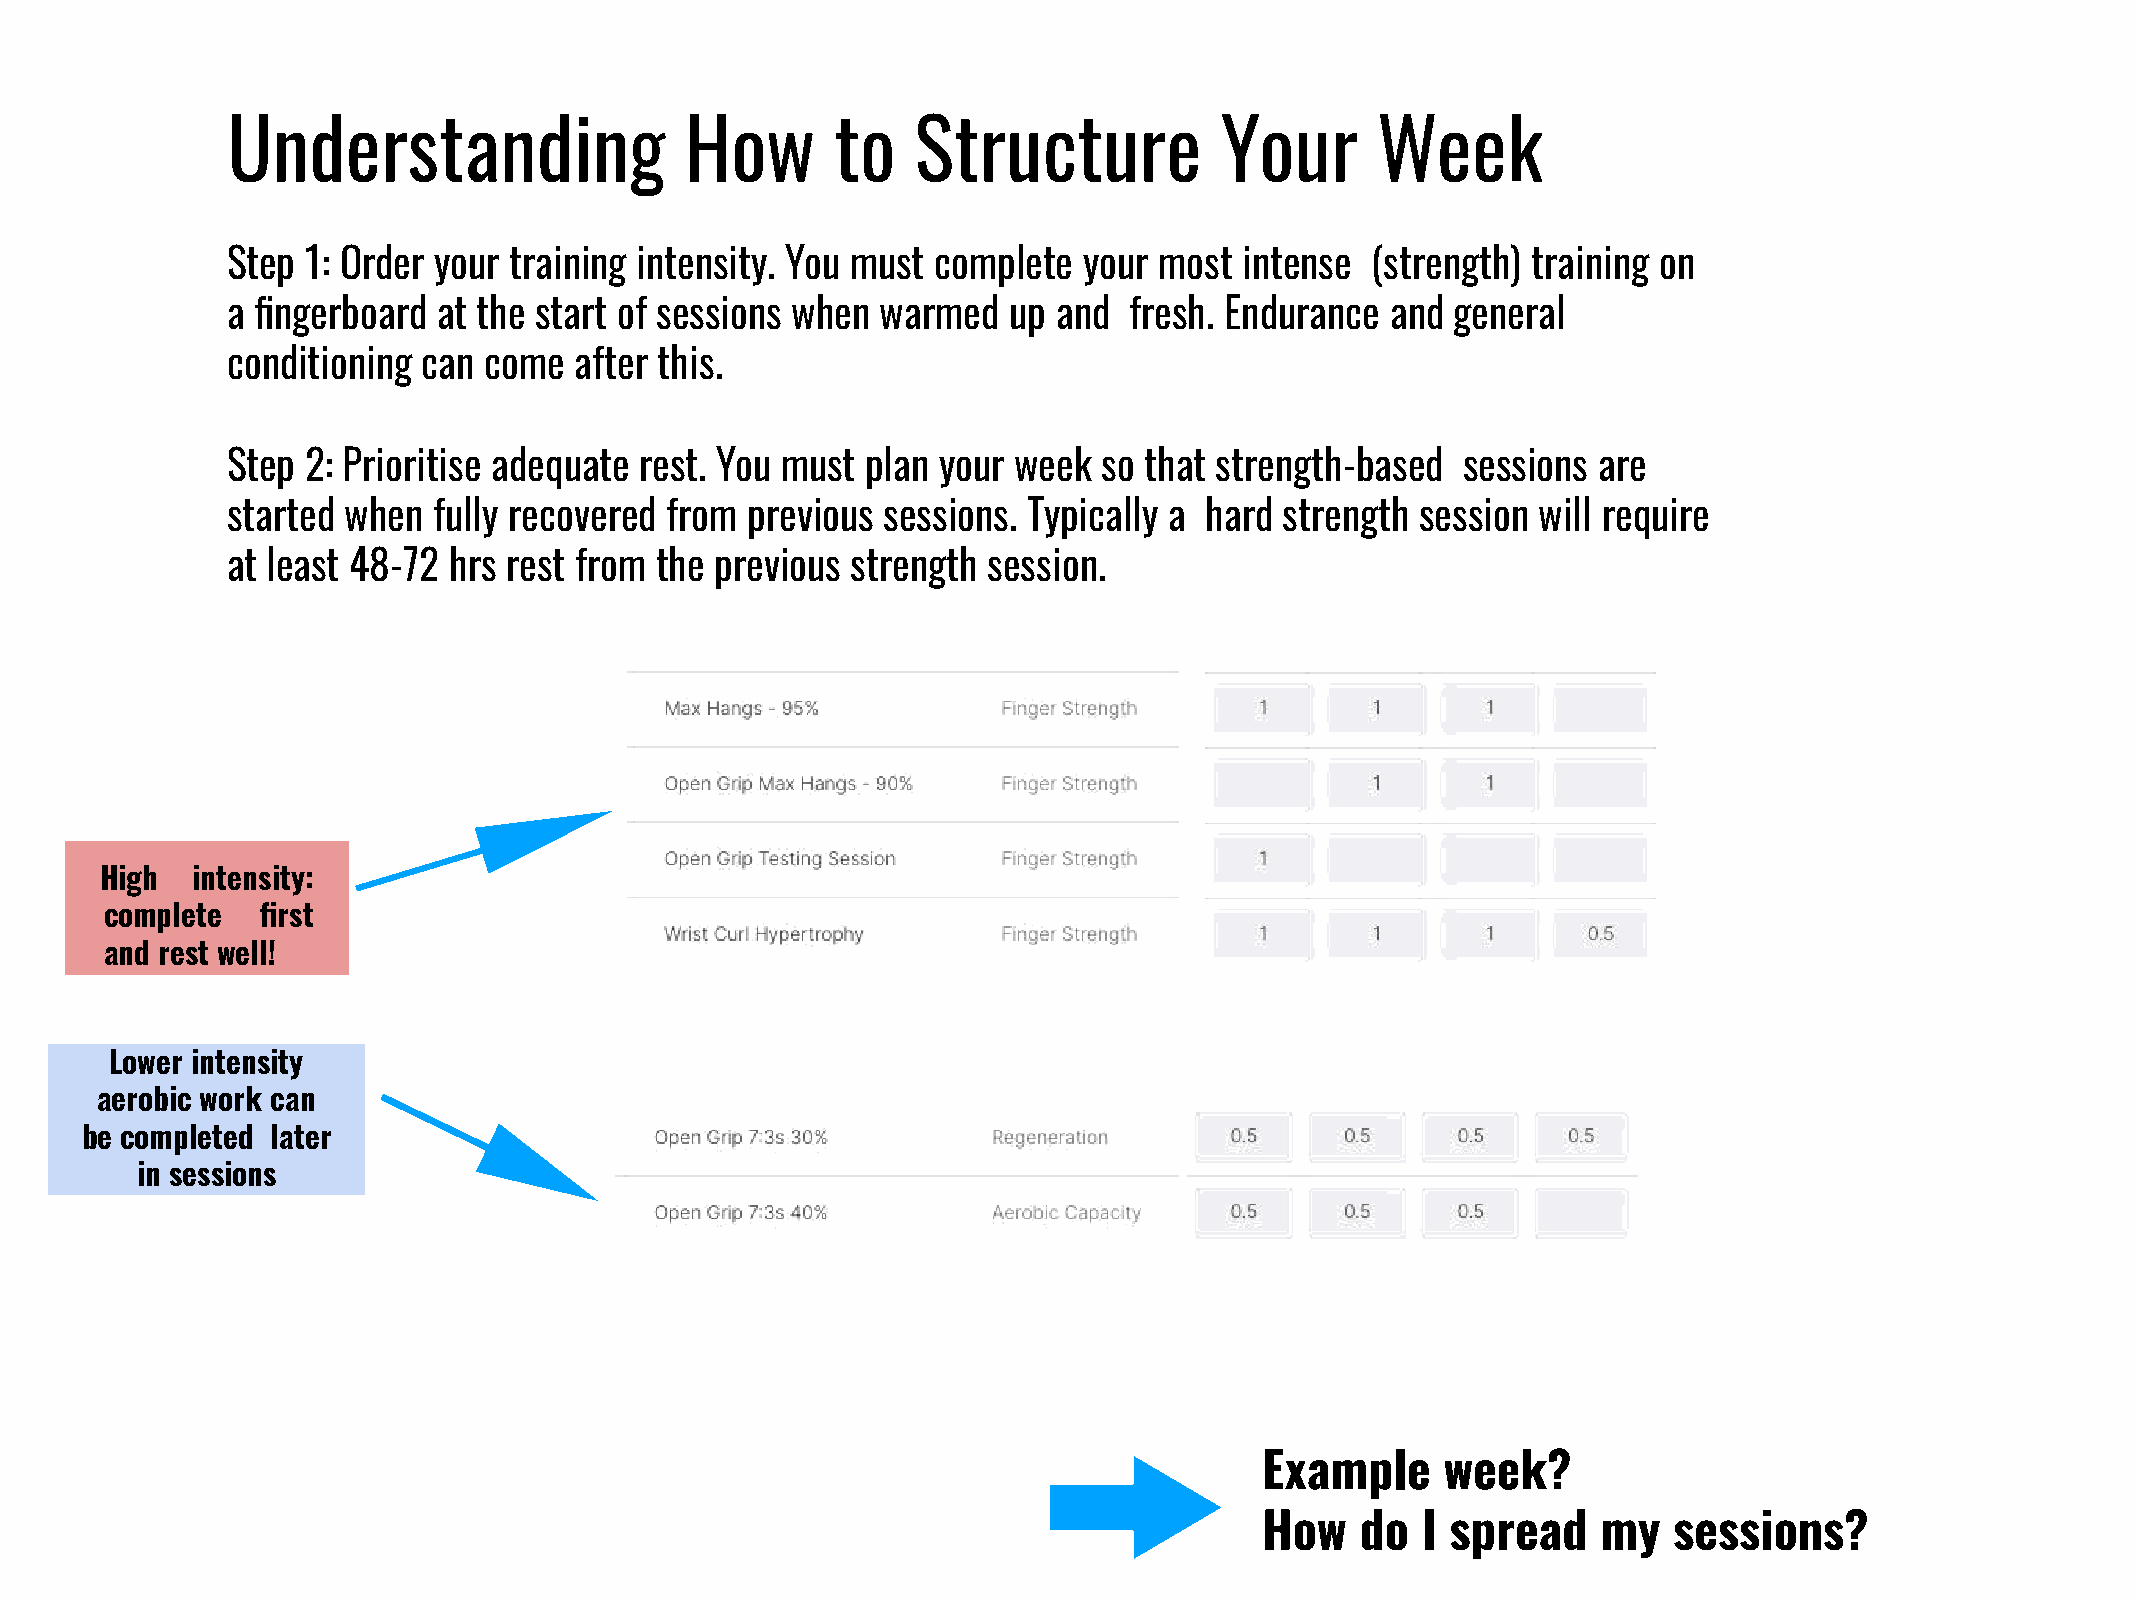
Understanding                 How       to    Structure           Your      Week
 Step 1: Order your training intensity. You must complete your most intense  (strength) training on
 a fingerboard at the start of sessions when warmed  up and  fresh. Endurance and general
 conditioning can come  after this.
 Step 2: Prioritise adequate rest. You must plan your week so that strength-based  sessions are
 started when  fully recovered from previous sessions. Typically a hard strength session will require
 at least 48-72 hrs rest from the previous strength session.
 High  intensity:
 complete  first
 and rest well!
 Lower intensity
 aerobic work can
 be completed later
 in sessions
 Example     week?
 How   do  I spread    my   sessions?